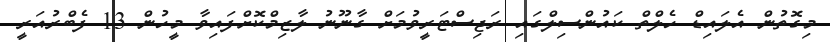
މިގޮތުން އެލައިޑް ހެލްތް ކައުންސިލްގައި ރަޖިސްޓަރީވުމަށް ގާނޫނު ލާޒިމްކޮށްފައިވާ މީހުން 13 ފެބްރުއަރީ